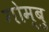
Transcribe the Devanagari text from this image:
गोम्बु